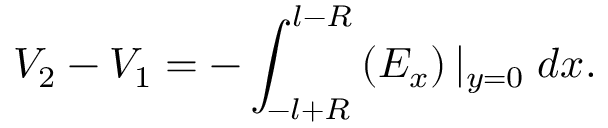
V _ { 2 } - V _ { 1 } = - \int _ { - l + R } ^ { l - R } \left( E _ { x } \right) \lvert _ { y = 0 } \; d x .